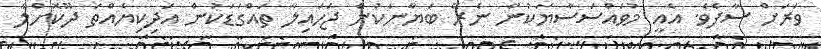
ވަރަށް ސާފެވެ. އެއީ މުވައްސަސާޔަކުން ނެރޭ ބަޔާނަކުން ޖަހައިލާ ތައްގަޑަކުން އަދިކިޔެއްތަ ދޫކޮށްލާ